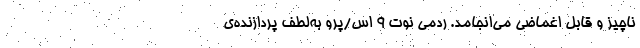
ناچیز و قابل اغماضی می‌انجامد. ردمی نوت ۹ اس/پرو به‌لطف پردازنده‌ی